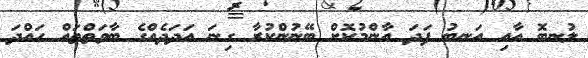
ލުނބޮ އާއި އަނބު ފަދަ އާންމުކޮށް ބޭނުންކުރާ ގިނަ އަދަދެއްގެ ބާވަތްތައް ހައްދަ